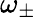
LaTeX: \omega_{\pm}